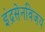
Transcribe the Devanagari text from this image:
इंद्रसेनविजय